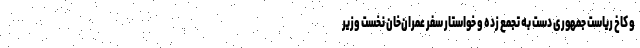
و کاخ ریاست جمهوری دست به تجمع زده و خواستار سفر عمران‌خان نخست وزیر